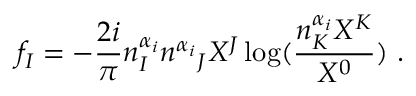
f _ { I } = - \frac { 2 i } { \pi } n _ { I } ^ { \alpha _ { i } } { n ^ { \alpha _ { i } } } _ { J } X ^ { J } \log ( \frac { n _ { K } ^ { \alpha _ { i } } X ^ { K } } { X ^ { 0 } } ) \ .